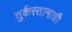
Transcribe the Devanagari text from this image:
तुर्कस्तानाशी